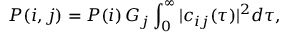
P ( i , j ) = P ( i ) \, G _ { j } \int _ { 0 } ^ { \infty } | c _ { i j } ( \tau ) | ^ { 2 } d \tau ,